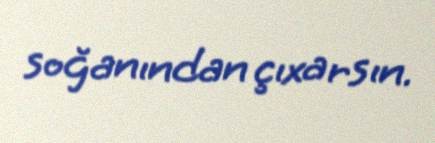
soğanından çıxarsın.